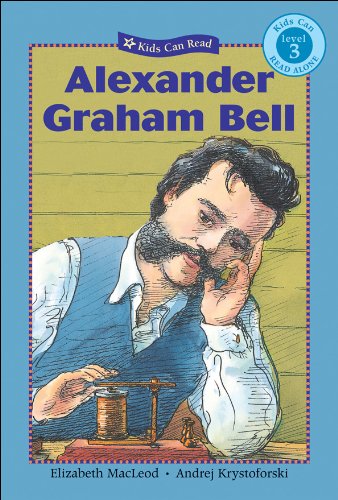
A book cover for Alexander Graham Bell (Kids Can Read!); Elizabeth MacLeod; Children's Books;